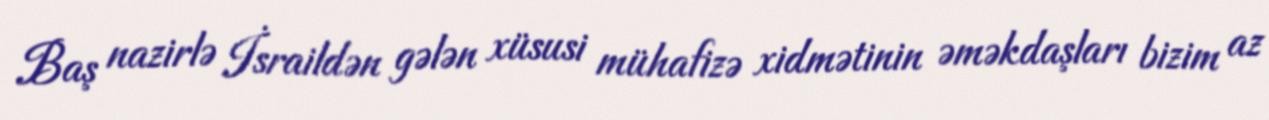
Baş nazirlə İsraildən gələn xüsusi mühafizə xidmətinin əməkdaşları bizim az